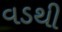
વડથી